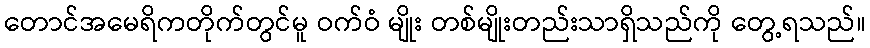
တောင်အမေရိကတိုက်တွင်မူ ဝက်ဝံ မျိုး တစ်မျိုးတည်းသာရှိသည်ကို တွေ့ရသည်။